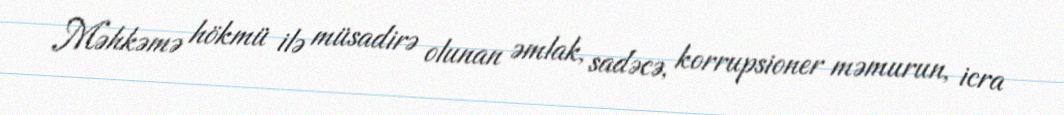
Məhkəmə hökmü ilə müsadirə olunan əmlak, sadəcə, korrupsioner məmurun, icra